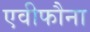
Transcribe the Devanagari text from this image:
एवीफौना